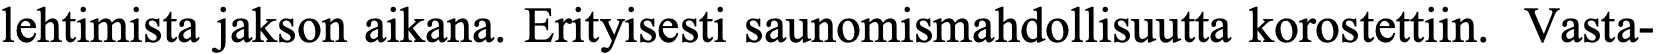
lehtimista jakson aikana. Erityisesti saunomismahdollisuutta korostettiin. Vasta-